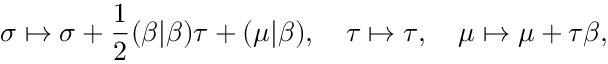
\sigma \mapsto \sigma + \frac 1 2 ( \beta | \beta ) \tau + ( \mu | \beta ) , \quad \tau \mapsto \tau , \quad \mu \mapsto \mu + \tau \beta ,